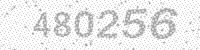
Solution: 480256